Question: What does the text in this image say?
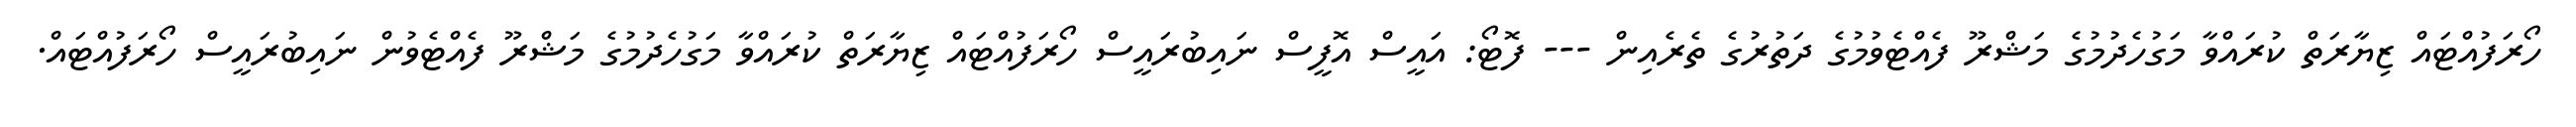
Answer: ހޯރަފުއްޓައް ޒިޔާރަތް ކުރައްވާ މަގުހެދުމުގެ މަޝްރޫ ފެއްޓެވުމުގެ ދަތުރުގެ ތެރެއިން --- ފޮޓޯ: އައީސް އޮފީސް ނައިބުރައީސް ހޯރަފުއްޓައް ޒިޔާރަތް ކުރައްވާ މަގުހެދުމުގެ މަޝްރޫ ފެއްޓެވުން ނައިބުރައީސް ހޯރަފުއްޓައް.